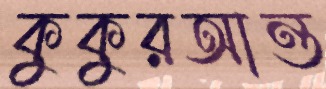
কুকুরআন্ত